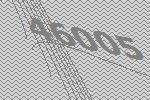
46005